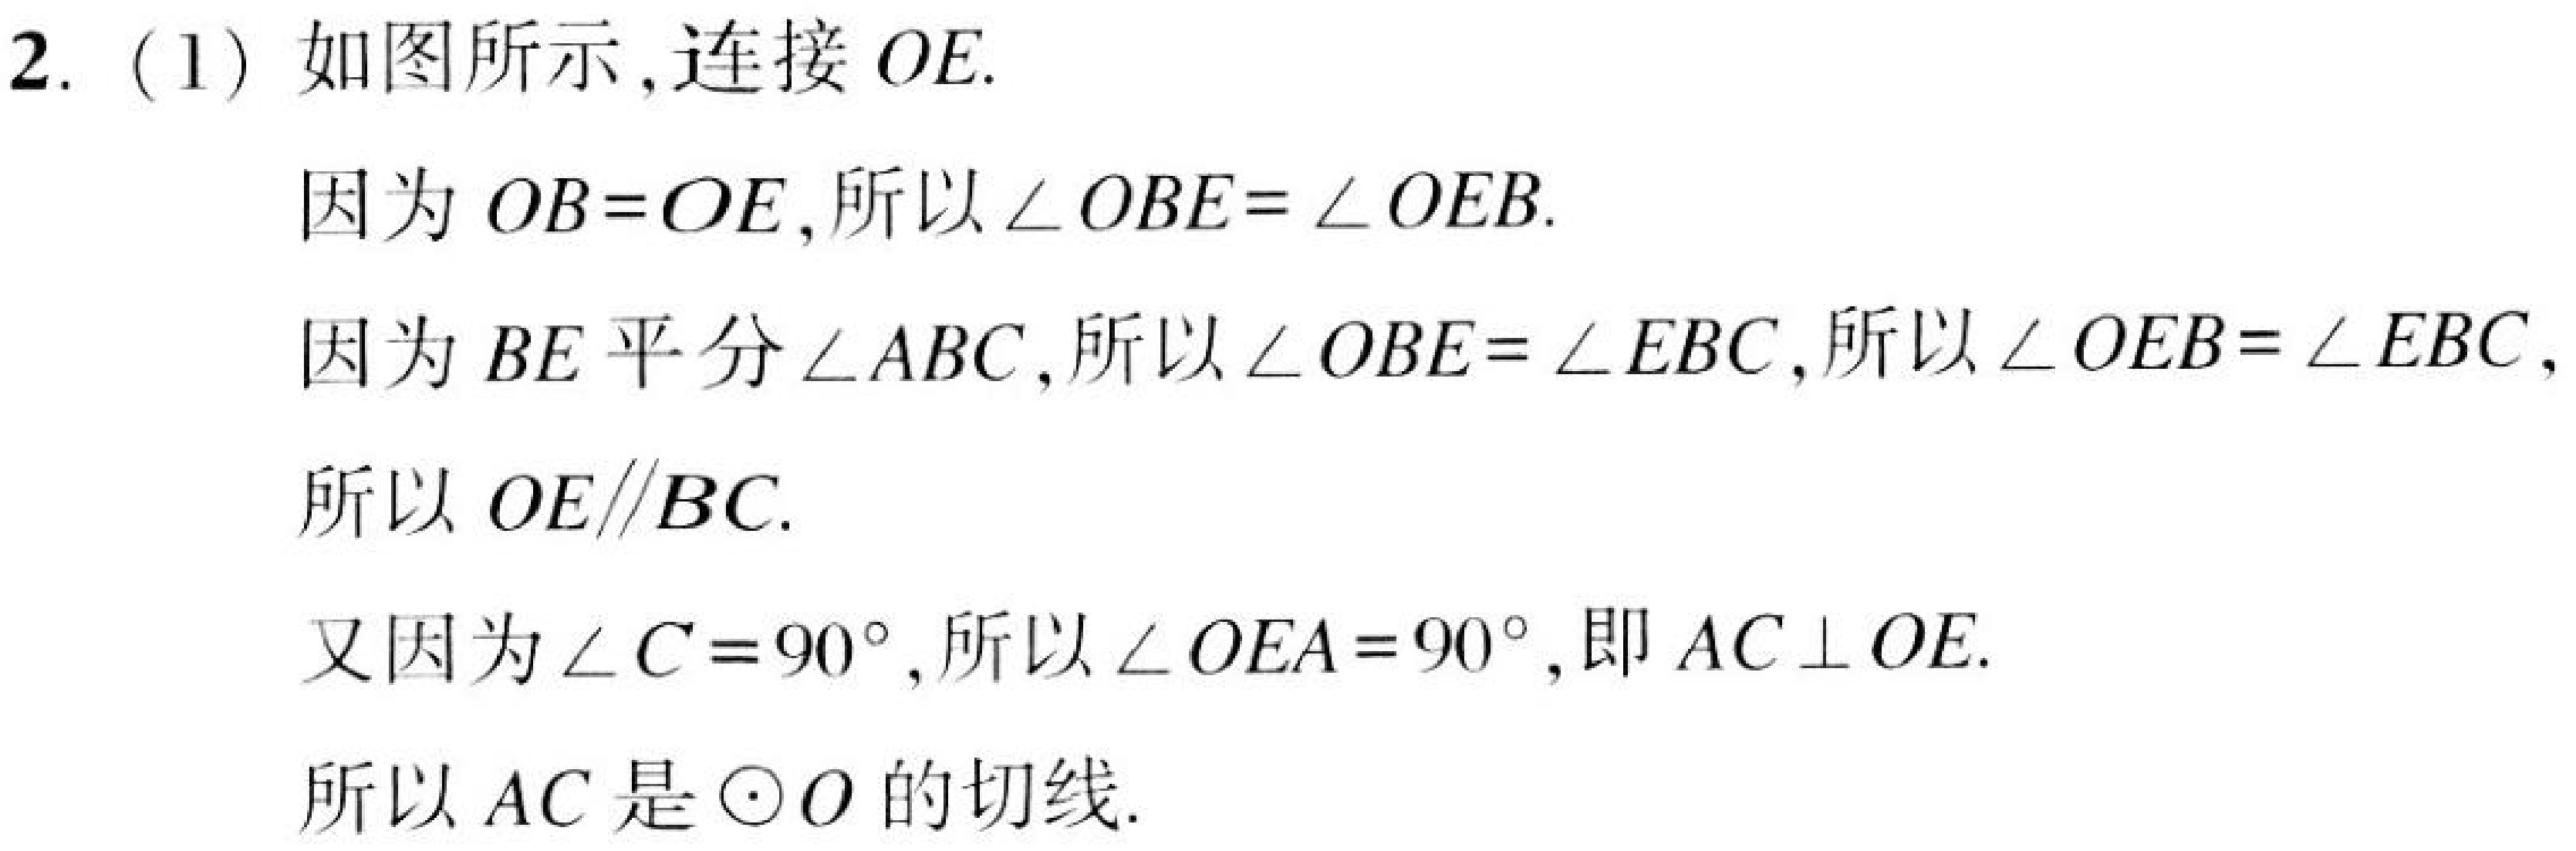
2. (1) 如图所示,连接 \(OE\).
因为 \(OB = OE\),所以 \(\angle OBE=\angle OEB\).
因为 \(BE\) 平分 \(\angle ABC\),所以 \(\angle OBE=\angle EBC\),所以 \(\angle OEB=\angle EBC\),
所以 \(OE\parallel BC\).
又因为 \(\angle C = 90^{\circ}\),所以 \(\angle OEA = 90^{\circ}\),即 \(AC\perp OE\).
所以 \(AC\) 是 \(\odot O\) 的切线.